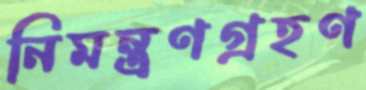
নিমন্ত্রণগ্রহণ